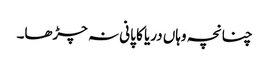
چنانچہ وہاں دریا کا پانی نہ چڑھا۔